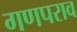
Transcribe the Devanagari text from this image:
गणपराव